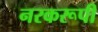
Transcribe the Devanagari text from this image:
नरकरूपी